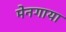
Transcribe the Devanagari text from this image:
मेनगाया